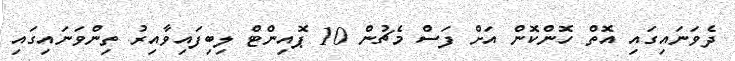
ދެވަނައިގައި އޮތް ހޮންކޮން އަށް ފަސް މެޗުން 10 ޕޮއިންޓް ލިބިފައިވާއިރު ތިންވަނައިގައި